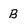
Character: b